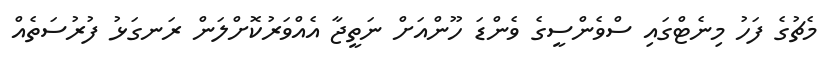
މެޗުގެ ފަހު މިނެޓްގައި ސްވެންސީގެ ވެންޑަ ހޫންއަށް ނަތީޖާ އެއްވަރުކޮށްލަން ރަނގަޅު ފުރުސަތެއް